Tezpur Lunatic Asylum reports 1877-1894 - 1877-1894
Year: 1877
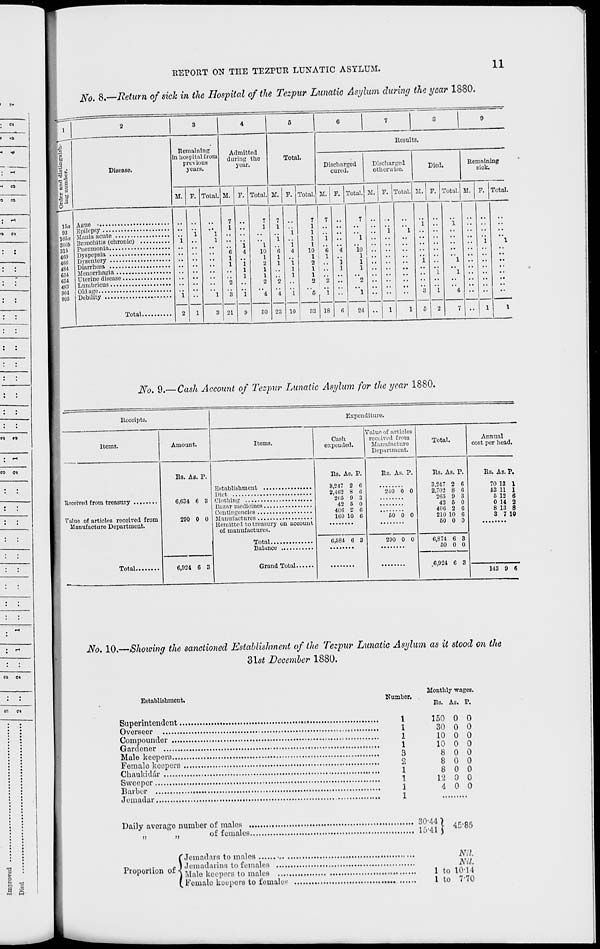
" CO
0
CO
s r-1
a N
:
5
c; to
: -
CO
e^
: '
: :
' !
• >
' ' •
: :
: :
: ;
: :
•
n
• r-l
' • ' •
CO
CM
• :
ec CM
REPORT ON THE TEZPUR LUNATIC ASYLUM.
H
No. 8.—Return of sick in the Hospital of the Tezpur Lunatic Asylum during the year 1880.
Disease.
Remaining
in hospital from
previous
years.
Admitted
during the
year.
Total.
M.
Total. M.
Total. M. P. Total.
Ecsults.
Discharged
cured.
Discharged
otherwise.
M. P. Total, M. P. Total.
Died.
Remaining
sick.
M. P. Total. M.
Total.
Ague •
Epilepsy
Mania acute
lironchitis (chronic)
Pneumonia
Dyspepsia
Dysentery
Diarrhoea
Menorrhagia
Uterine disease
Lumbricus
Old age
Debility
Total.
21
1
10
1
2
1
1
o
30 23 10
7
1
1
1
1
10
1
2
1
1
2
33 18
10
1
1
1
24
No. 9.—Cash Account of Tezpur Lunatic Asylum for the year 1880.
Receipts.
Expenditure.
Items.
Amount.
Items.
Cash
expended.
Value of articles
received from
Manufacture
Department.
Total.
Annual
cost per head.
Rs. As. P.
0,634 6 3
200 0 0
Rs. As. P.
8,247 2 G
2,462 8 6
265 9 3
42 5 0
40G 2 6
1G0 10 C
Rs. As. P.
240 0 0
50 6 0
Rs. As. P.
3,247 2 6
2,702 8 6
265 9 3
42 5 0
406 2 6
210 10 G
50 0 0
Rs. As. P.
70 13 1
Diet
53 11 1
5 12 6
0 14 2
8 13 8
3 7 10
Manufacture Department.
Remitted to treasury on account
of manufactures.
6,584 6 3
200 0 0
6,874 6 3
60 0 0
G.024 C 3
u 6,924 G 3
143 9 6
No. 10.—Showing the sanctioned Establishment of the Tezpur Lunatic Asylum as it stood on the
2>\st December 1880.
Monthly wages.
Establishment.
Number. .
Rs. As. P.
Superintendent
.
1
150 0 0
Overseer
1
30 0 0
Compouncler
1
10 0 0
Gardener
1
10 0 0
Male keepers
3
8 0 0
Female keepers
2
8 0 0
Cbaukidar
1
8 0 0
Sweeper
1
12 0 0
Barber
1
4 0 0
Jemadar
1
Daily average number of males
30'44 ) AK.QK
of females
1541 J ^ 8r>
5 Jemadars to males
Nil.
Jemadftrins to females
Nil.
Male keepers to males
„
1 to 10-14
Feinalo keepers to females
1 to 770